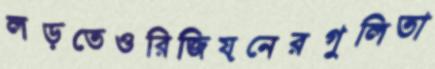
লড়তেওরিজিয়নেরগুলিতা